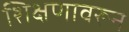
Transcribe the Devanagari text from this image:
शिक्षणावरून